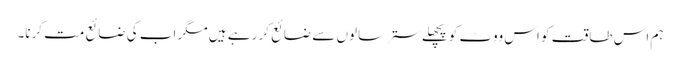
ہم اس طاقت کو اس ووٹ کو پچھلے ستر سالوں سے ضائع کر رہے ہیں مگر اب کی ضائع مت کرنا۔